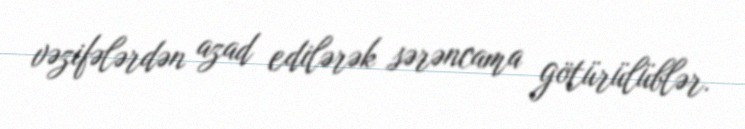
vəzifələrdən azad edilərək sərəncama götürülüblər.